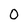
Character: 0